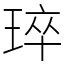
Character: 琗